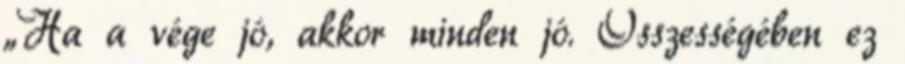
„Ha a vége jó, akkor minden jó. Összességében ez